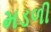
મડળી